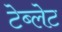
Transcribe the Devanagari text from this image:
टेब्लेट